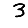
Digit: 3